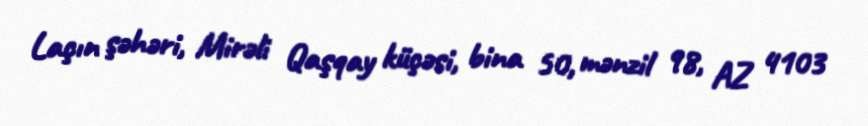
Laçın şəhəri, Mirəli Qaşqay küçəsi, bina 50, mənzil 98, AZ 4103